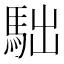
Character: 𩢎